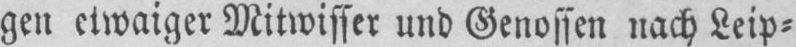
gen etwaiger Mitwisser und Genossen nach Leip⸗